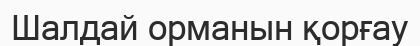
Шалдай орманын қорғау